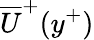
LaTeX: \overline{{U}}^{+}(y^{+})